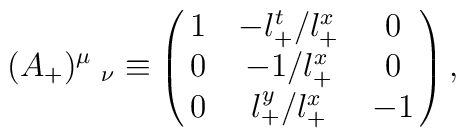
(A_+)^\mu\;_\nu\equiv \pmatrix{1 & -l_+^{t}/l_+^{x} & 0 \cr0 & -1/l_+^{x} & 0 \cr0 &  l_+^{y}/l_+^{x} & - 1 \cr},